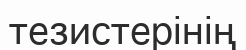
тезистерінің